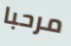
مرحبا